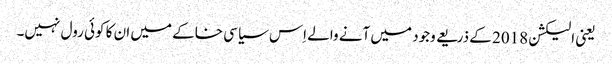
یعنی الیکشن 2018 کے ذریعے وجود میں آنے والے اِس سیاسی خاکے میں ان کا کوئی رول نہیں۔